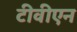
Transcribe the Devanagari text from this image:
टीवीएन